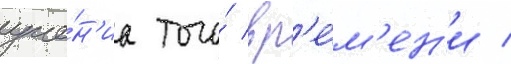
уче́н'иа того́ вр'е́м'ен'и /